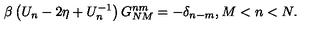
\beta \left( U _ { n } - 2 \eta + U _ { n } ^ { - 1 } \right) G _ { N M } ^ { n m } = - \delta _ { n - m } , M < n < N .